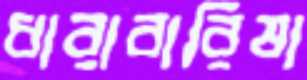
ধারাবারিষা